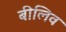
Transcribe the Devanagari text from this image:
बीलिव